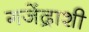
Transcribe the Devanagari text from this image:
गजेंद्राशी